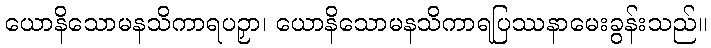
ယောနိသောမနသိကာရပဉှာ၊ ယောနိသောမနသိကာရပြဿနာမေးခွန်းသည်။